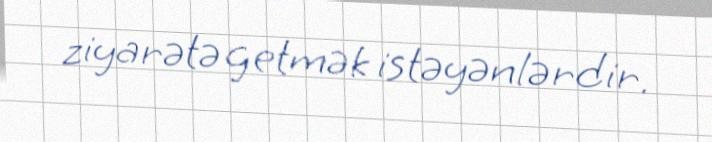
ziyarətə getmək istəyənlərdir.